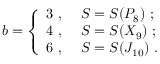
b = \left\{ \begin{array} { l l } { { 3 \ , \ } } & { { S = S ( P _ { 8 } ) \ ; } } \\ { { 4 \ , \ } } & { { S = S ( X _ { 9 } ) \ ; } } \\ { { 6 \ , \ } } & { { S = S ( J _ { 1 0 } ) \ . } } \end{array} \right.